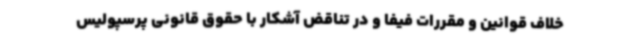
خلاف قوانین و مقررات فیفا و در تناقض آشکار با حقوق قانونی پرسپولیس